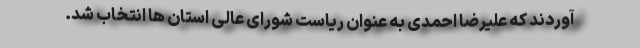
آوردند که علیرضا احمدی به عنوان ریاست شورای عالی استان ها انتخاب شد.